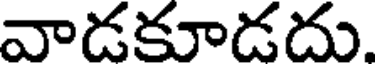
వాడకూడదు.